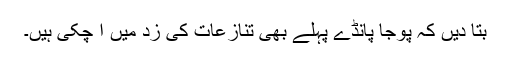
بتا دیں کہ پوجا پانڈے پہلے بھی تنازعات کی زد میں آ چکی ہیں۔